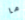
ما